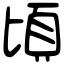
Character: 頃